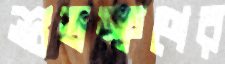
শুভক্ষণের